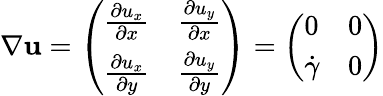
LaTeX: \nabla\mathbf{{u}}=\left(\begin{array}{ll}{\frac{\partial u_{x}}{\partial x}}&{\frac{\partial u_{y}}{\partial x}}\\ {\frac{\partial u_{x}}{\partial y}}&{\frac{\partial u_{y}}{\partial y}}\end{array}\right)=\left(\begin{array}{ll}{0}&{0}\\ {\dot{\gamma}}&{0}\end{array}\right)